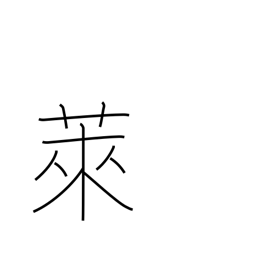
Meaning: fallow field